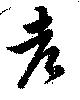
老